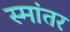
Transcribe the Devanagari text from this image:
स्मांतर